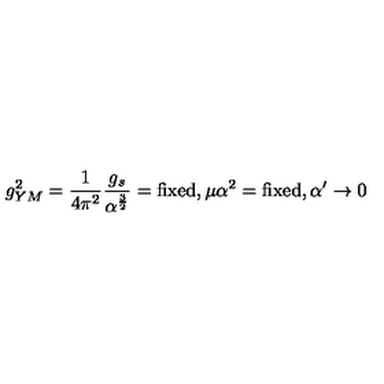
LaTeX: g _ { Y M } ^ { 2 } = { \frac { 1 } { 4 \pi ^ { 2 } } } { \frac { g _ { s } } { \alpha ^ { \frac { 3 } { 2 } } } } = \mathrm { f i x e d } , \mu \alpha ^ { 2 } = \mathrm { f i x e d } , \alpha ^ { \prime } \to 0